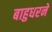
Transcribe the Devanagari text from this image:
बाहुधरनें